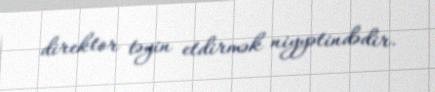
direktor təyin etdirmək niyyətindədir.